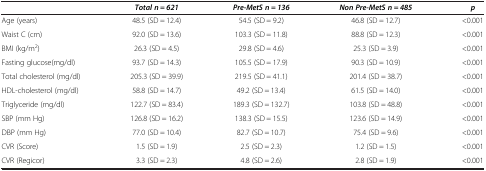
|  | Total n = 621 | Pre-MetS n = 136 | Non Pre-MetS n = 485 | p |
 | --- | --- | --- | --- | --- |
 | Age (years) | 48.5 (SD = 12.4) | 54.5 (SD = 9.2) | 46.8 (SD = 12.7) | <0.001 |
 | Waist C (cm) | 92.0 (SD = 13.6) | 103.3 (SD = 11.8) | 88.8 (SD = 12.3) | <0.001 |
 | BMI (kg/m2) | 26.3 (SD = 4.5) | 29.8 (SD = 4.6) | 25.3 (SD = 3.9) | <0.001 |
 | Fasting glucose(mg/dl) | 93.7 (SD = 14.3) | 105.5 (SD = 17.9) | 90.3 (SD = 10.9) | <0.001 |
 | Total cholesterol (mg/dl) | 205.3 (SD = 39.9) | 219.5 (SD = 41.1) | 201.4 (SD = 38.7) | <0.001 |
 | HDL-cholesterol (mg/dl) | 58.8 (SD = 14.7) | 49.2 (SD = 13.4) | 61.5 (SD = 14.0) | <0.001 |
 | Triglyceride (mg/dl) | 122.7 (SD = 83.4) | 189.3 (SD = 132.7) | 103.8 (SD = 48.8) | <0.001 |
 | SBP (mm Hg) | 126.8 (SD = 16.2) | 138.3 (SD = 15.5) | 123.6 (SD = 14.9) | <0.001 |
 | DBP (mm Hg) | 77.0 (SD = 10.4) | 82.7 (SD = 10.7) | 75.4 (SD = 9.6) | <0.001 |
 | CVR (Score) | 1.5 (SD = 1.9) | 2.5 (SD = 2.3) | 1.2 (SD = 1.5) | <0.001 |
 | CVR (Regicor) | 3.3 (SD = 2.3) | 4.8 (SD = 2.6) | 2.8 (SD = 1.9) | <0.001 |